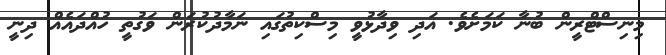
މިނިސްޓްރީން ބުނާ ކަމަށެވެ. އަދި ވިދާޅުވީ މިސްކިތުގައި ނަމާދުކުރަން ވަގުތީ ހުއްދައެއް ދިނީ